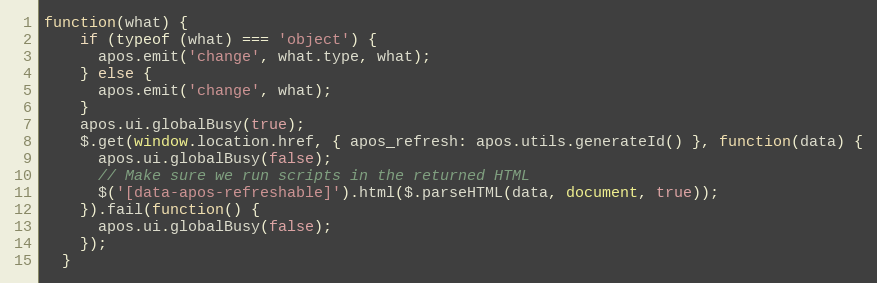
Language: JavaScript
function(what) {
    if (typeof (what) === 'object') {
      apos.emit('change', what.type, what);
    } else {
      apos.emit('change', what);
    }
    apos.ui.globalBusy(true);
    $.get(window.location.href, { apos_refresh: apos.utils.generateId() }, function(data) {
      apos.ui.globalBusy(false);
      // Make sure we run scripts in the returned HTML
      $('[data-apos-refreshable]').html($.parseHTML(data, document, true));
    }).fail(function() {
      apos.ui.globalBusy(false);
    });
  }